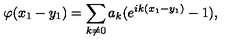
\varphi ( x _ { 1 } - y _ { 1 } ) = \sum _ { k \neq 0 } a _ { k } ( e ^ { i k ( x _ { 1 } - y _ { 1 } ) } - 1 ) ,